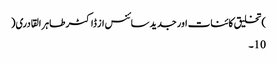
)تخلیق کائنات اور جدید سائنس از ڈاکٹر طاہر القادری(
10۔